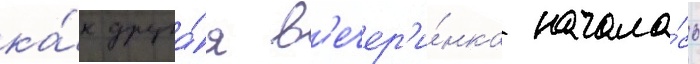
ка́к друга́я в'ечер'и́нка начала́сь